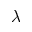
\lambda